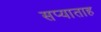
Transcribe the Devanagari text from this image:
सप्याताह